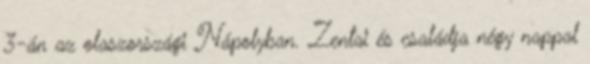
3-án az olaszországi Nápolyban. Zentai és családja négy nappal